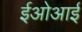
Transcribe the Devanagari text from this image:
ईओआई